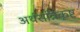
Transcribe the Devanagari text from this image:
अर्थसन्निकृष्ट